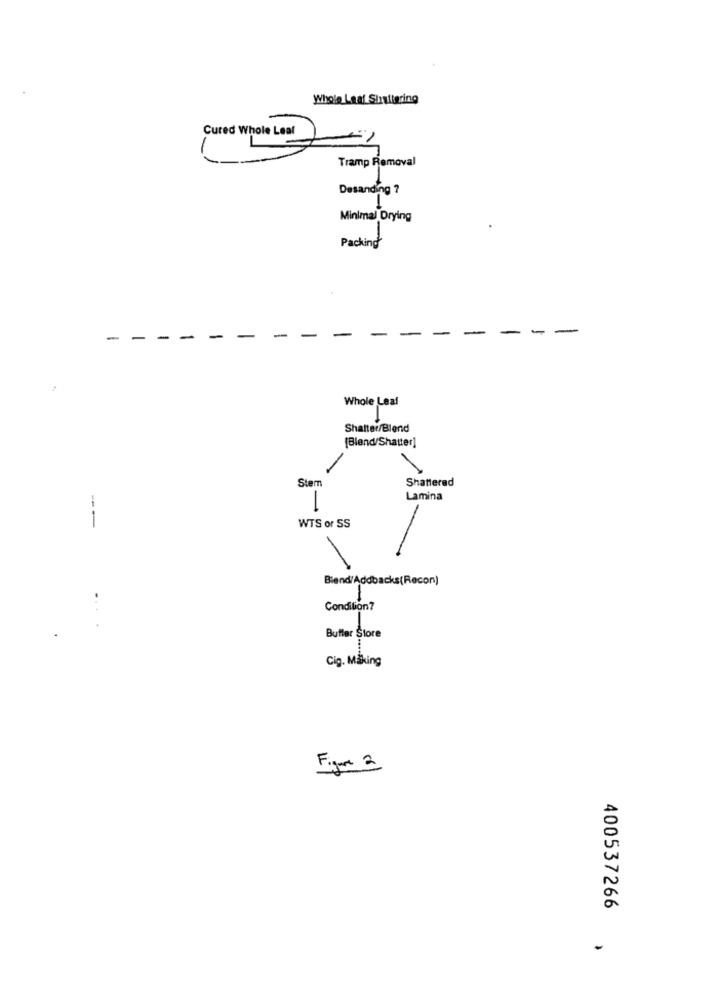
Whole Leaf Shattering
Cured Whole Leaf
1
Tramp Removal
Desanding ?
Minimal Drying
Packing
-
-
-
-
-
Whole Leaf
Shatter/Blend
[Blend/Shatter]
-
Shattered
Stem
Lamina
--
WTS or SS
Blend/Addbacks(Recon)
-
Condition?
Buffer Store
Cig. Making
IL
400537266
-